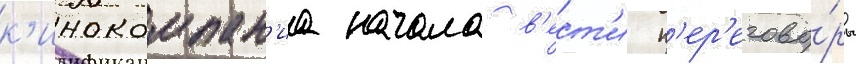
к'инокомпан'иа начала в'ест'и п'ер'егово́ры